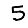
Digit: 5